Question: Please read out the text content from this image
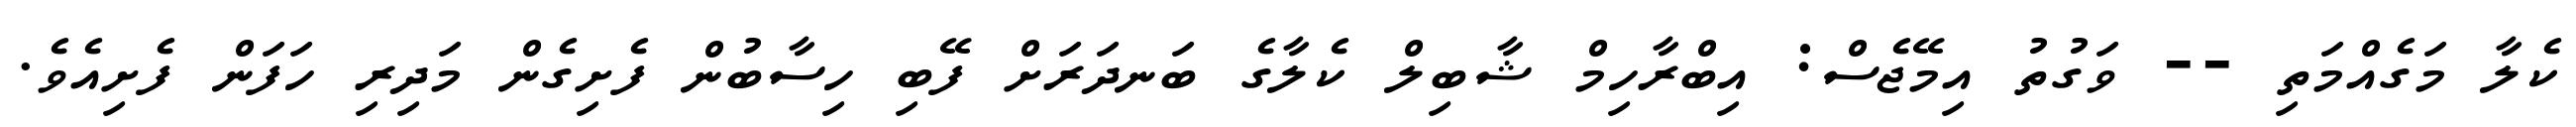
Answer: ކެލާ މަގެއްމަތި -- ވަގުތު އިމޭޖެސް: އިބްރާހިމް ޝާބިލް ކެލާގެ ބަނދަރަށް ފޭބި ހިސާބުން ފެށިގެން މަދިރި ހަފަން ފެށިއެވެ.